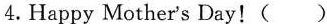
4.Happy Mother's Day!( )